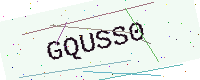
Text: GQUSS0